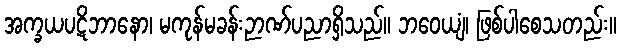
အက္ခယပဋိဘာနော၊ မကုန်မခန်းဉာဏ်ပညာရှိသည်။ ဘဝေယျံ၊ ဖြစ်ပါစေသတည်း။